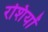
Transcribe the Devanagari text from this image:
रशियों